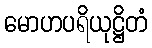
မောဟပရိယုဋ္ဌိတံ